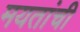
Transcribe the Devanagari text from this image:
मयतांची